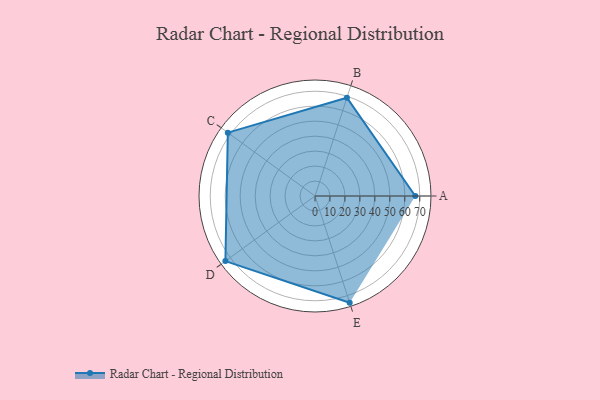
{"axis": {"x": "Skill", "y": "Score"}, "legend": ["Profile"], "data": [{"x": "A", "y": 67.0, "type": "Profile"}, {"x": "B", "y": 69.0, "type": "Profile"}, {"x": "C", "y": 72.0, "type": "Profile"}, {"x": "D", "y": 74.0, "type": "Profile"}, {"x": "E", "y": 75.0, "type": "Profile"}]}